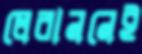
লেবাননেই